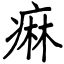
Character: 痳